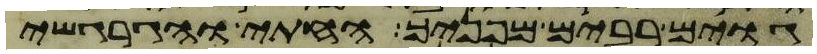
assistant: גוים רבים מפניך החתי והגרגשי